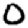
Digit: 0